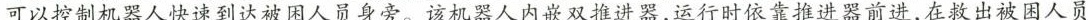
可以控制机器人快速到达被困人员身旁。该机器人内嵌双推进器，运行时依靠推进器前进，在救出被困人员